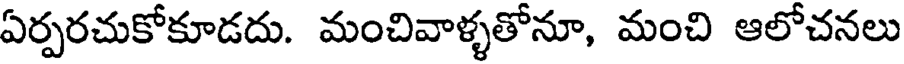
ఏర్పరచుకోకూడదు. మంచివాళ్ళతోనూ, మంచి ఆలోచనలు